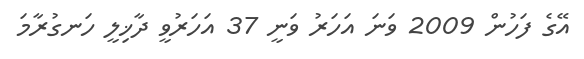
އޭގެ ފަހުން 2009 ވަނަ އަހަރު ވަނީ 37 އަހަރުވީ ދާޚިލީ ހަނގުރާމަ